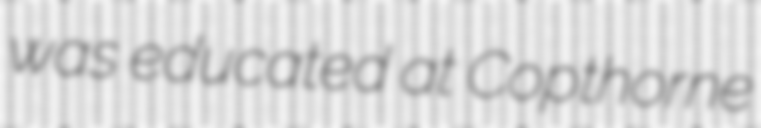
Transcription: was educated at Copthorne